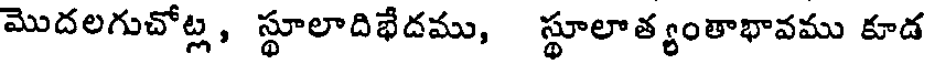
మొదలగుచోట్ల, స్థూలాదిభేదము, స్థూలాత్యంతాభావము కూడ